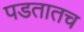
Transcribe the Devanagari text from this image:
पडतातच